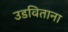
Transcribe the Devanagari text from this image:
उडविताना